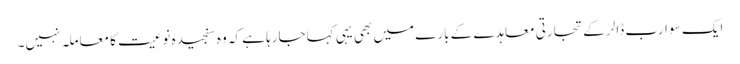
ایک سو ارب ڈالر کے تجارتی معاہدے کے بارے میں بھی یہی کہاجارہا ہے کہ وہ سنجیدہ نوعیت کا معاملہ نہیں۔